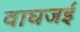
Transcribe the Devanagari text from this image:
वाघजई